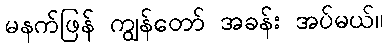
မနက်ဖြန် ကျွန်တော် အခန်း အပ်မယ်။